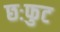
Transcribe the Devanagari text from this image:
छःफुट